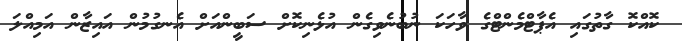
ކޮއްކޮ ގާތުގައި އެޕާޓްމެންޓްގެ ވާހަކަ ނުބުނެވިގެން އުޅެނިކޮށް ސަބީންއަށް އެނގުމުން އައިޒާން އަމިއްލަ